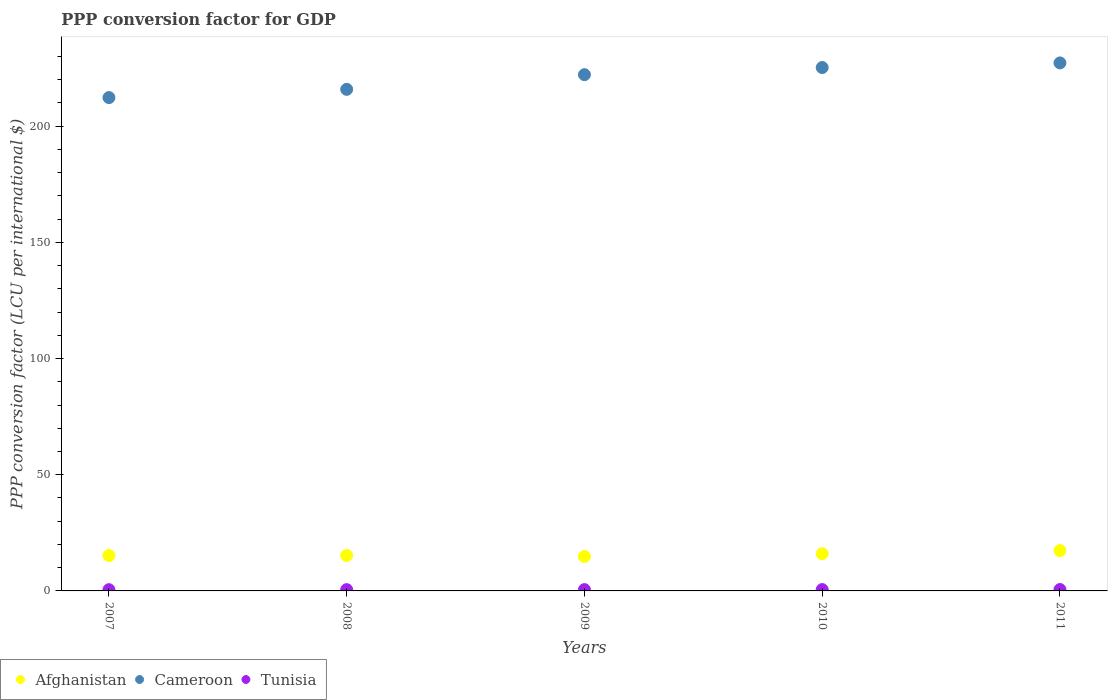
| Years | Afghanistan | Cameroon | Tunisia |
 | --- | --- | --- | --- |
 | 2007 | 15.2 | 212 | 0.529 |
 | 2008 | 15.3 | 216 | 0.552 |
 | 2009 | 14.8 | 222 | 0.564 |
 | 2010 | 16 | 225 | 0.579 |
 | 2011 | 17.4 | 227 | 0.592 |